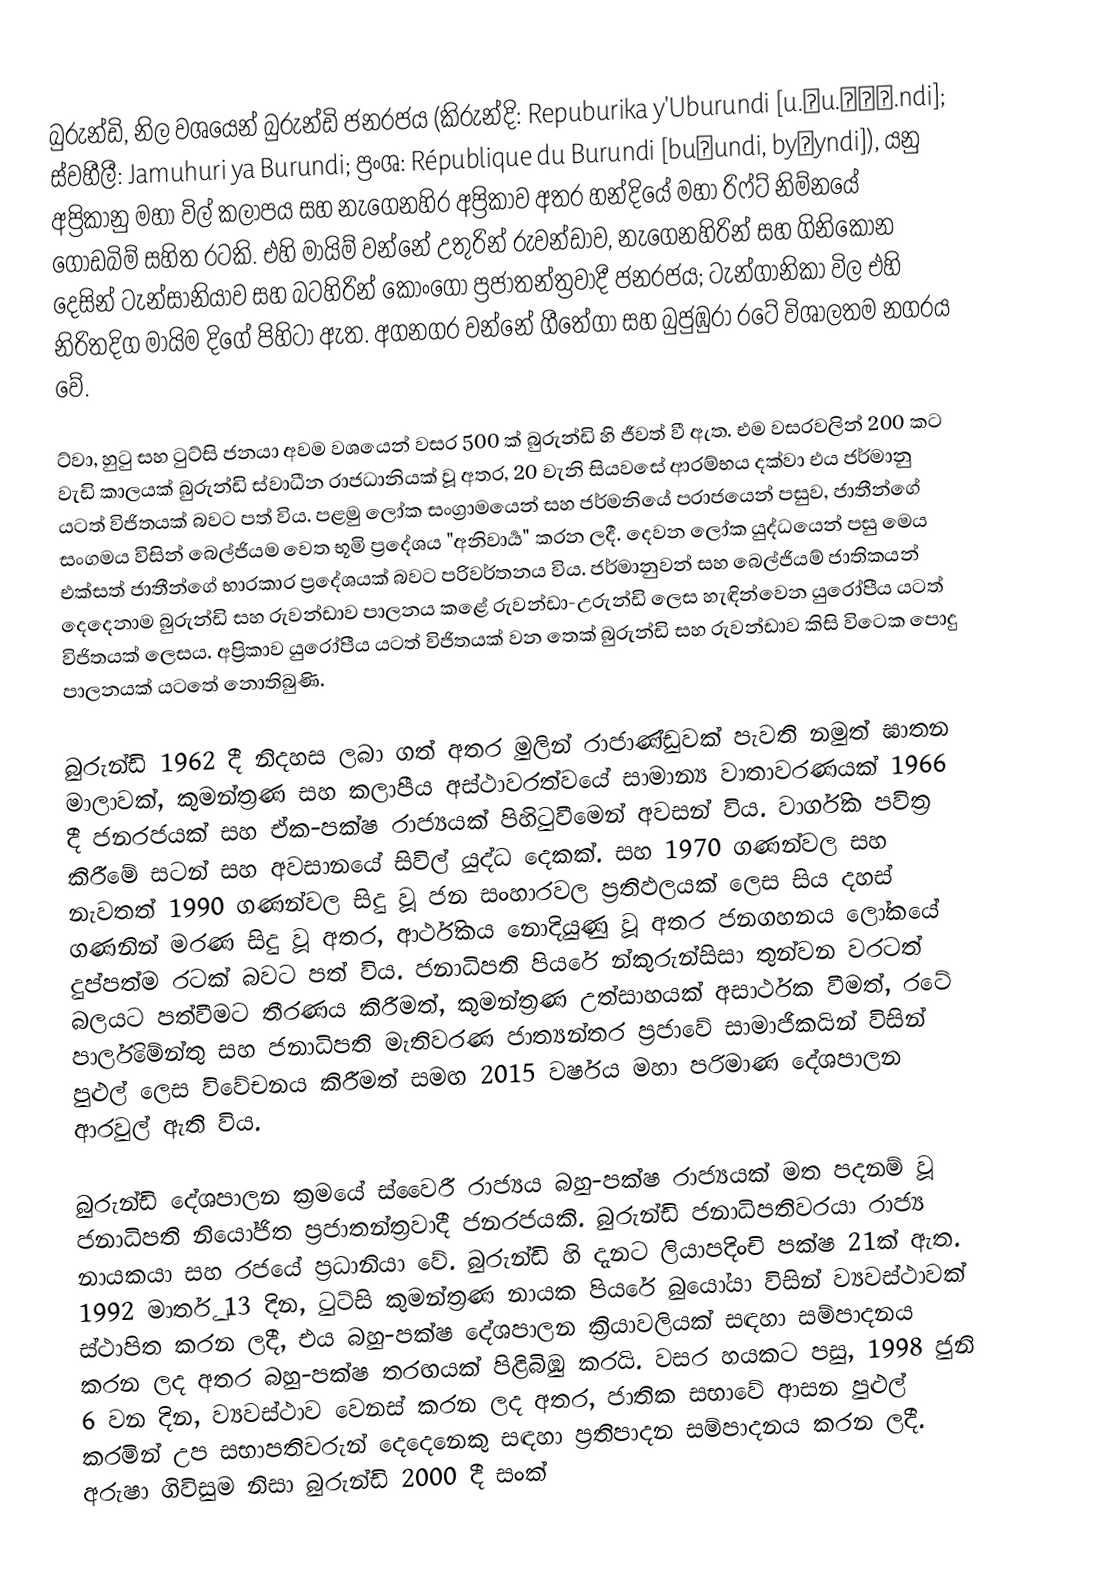
බුරුන්ඩි, නිල වශයෙන් බුරුන්ඩි ජනරජය (කිරුන්දි: Repuburika y'Uburundi [u.βu.ɾǔː.ndi]; ස්වහීලී: Jamuhuri ya Burundi; ප්‍රංශ: République du Burundi [buʁundi, byʁyndi]), යනු අප්‍රිකානු මහා විල් කලාපය සහ නැගෙනහිර අප්‍රිකාව අතර හන්දියේ මහා රිෆ්ට් නිම්නයේ ගොඩබිම් සහිත රටකි. එහි මායිම් වන්නේ උතුරින් රුවන්ඩාව, නැගෙනහිරින් සහ ගිනිකොන දෙසින් ටැන්සානියාව සහ බටහිරින් කොංගෝ ප්‍රජාතන්ත්‍රවාදී ජනරජය; ටැන්ගානිකා විල එහි නිරිතදිග මායිම දිගේ පිහිටා ඇත. අගනගර වන්නේ ගීතේගා සහ බුජුඹුරා රටේ විශාලතම නගරය වේ.

ට්වා, හුටු සහ ටුට්සි ජනයා අවම වශයෙන් වසර 500 ක් බුරුන්ඩි හි ජීවත් වී ඇත. එම වසරවලින් 200 කට වැඩි කාලයක් බුරුන්ඩි ස්වාධීන රාජධානියක් වූ අතර, 20 වැනි සියවසේ ආරම්භය දක්වා එය ජර්මානු යටත් විජිතයක් බවට පත් විය. පළමු ලෝක සංග්‍රාමයෙන් සහ ජර්මනියේ පරාජයෙන් පසුව, ජාතීන්ගේ සංගමය විසින් බෙල්ජියම වෙත භූමි ප්‍රදේශය "අනිවාර්‍ය" කරන ලදී. දෙවන ලෝක යුද්ධයෙන් පසු මෙය එක්සත් ජාතීන්ගේ භාරකාර ප්‍රදේශයක් බවට පරිවර්තනය විය. ජර්මානුවන් සහ බෙල්ජියම් ජාතිකයන් දෙදෙනාම බුරුන්ඩි සහ රුවන්ඩාව පාලනය කළේ රුවන්ඩා-උරුන්ඩි ලෙස හැඳින්වෙන යුරෝපීය යටත් විජිතයක් ලෙසය. අප්‍රිකාව යුරෝපීය යටත් විජිතයක් වන තෙක් බුරුන්ඩි සහ රුවන්ඩාව කිසි විටෙක පොදු පාලනයක් යටතේ නොතිබුණි.

බුරුන්ඩි 1962 දී නිදහස ලබා ගත් අතර මුලින් රාජාණ්ඩුවක් පැවති නමුත් ඝාතන මාලාවක්, කුමන්ත්‍රණ සහ කලාපීය අස්ථාවරත්වයේ සාමාන්‍ය වාතාවරණයක් 1966 දී ජනරජයක් සහ ඒක-පක්ෂ රාජ්‍යයක් පිහිටුවීමෙන් අවසන් විය. වාර්ගික පවිත්‍ර කිරීමේ සටන් සහ අවසානයේ සිවිල් යුද්ධ දෙකක්. සහ 1970 ගණන්වල සහ නැවතත් 1990 ගණන්වල සිදු වූ ජන සංහාරවල ප්‍රතිඵලයක් ලෙස සිය දහස් ගණනින් මරණ සිදු වූ අතර, ආර්ථිකය නොදියුණු වූ අතර ජනගහනය ලෝකයේ දුප්පත්ම රටක් බවට පත් විය. ජනාධිපති පියරේ න්කුරුන්සිසා තුන්වන වරටත් බලයට පත්වීමට තීරණය කිරීමත්, කුමන්ත්‍රණ උත්සාහයක් අසාර්ථක වීමත්, රටේ පාර්ලිමේන්තු සහ ජනාධිපති මැතිවරණ ජාත්‍යන්තර ප්‍රජාවේ සාමාජිකයින් විසින් පුළුල් ලෙස විවේචනය කිරීමත් සමඟ 2015 වර්ෂය මහා පරිමාණ දේශපාලන ආරවුල් ඇති විය.

බුරුන්ඩි දේශපාලන ක්‍රමයේ ස්වෛරී රාජ්‍යය බහු-පක්ෂ රාජ්‍යයක් මත පදනම් වූ ජනාධිපති නියෝජිත ප්‍රජාතන්ත්‍රවාදී ජනරජයකි. බුරුන්ඩි ජනාධිපතිවරයා රාජ්‍ය නායකයා සහ රජයේ ප්‍රධානියා වේ. බුරුන්ඩි හි දැනට ලියාපදිංචි පක්ෂ 21ක් ඇත. 1992 මාර්තු 13 දින, ටුට්සි කුමන්ත්‍රණ නායක පියරේ බුයෝයා විසින් ව්‍යවස්ථාවක් ස්ථාපිත කරන ලදී, එය බහු-පක්ෂ දේශපාලන ක්‍රියාවලියක් සඳහා සම්පාදනය කරන ලද අතර බහු-පක්ෂ තරඟයක් පිළිබිඹු කරයි. වසර හයකට පසු, 1998 ජුනි 6 වන දින, ව්‍යවස්ථාව වෙනස් කරන ලද අතර, ජාතික සභාවේ ආසන පුළුල් කරමින් උප සභාපතිවරුන් දෙදෙනෙකු සඳහා ප්‍රතිපාදන සම්පාදනය කරන ලදී. අරුෂා ගිවිසුම නිසා බුරුන්ඩි 2000 දී සංක්‍